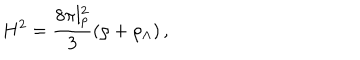
LaTeX: H ^ { 2 } = \frac { 8 \pi l _ { p } ^ { 2 } } { 3 } \left( \rho + \rho _ { \Lambda } \right) ,